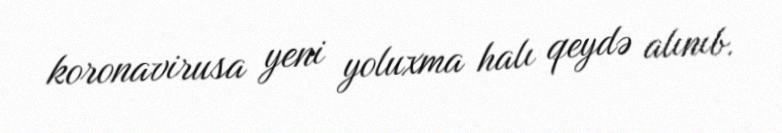
koronavirusa yeni yoluxma halı qeydə alınıb.